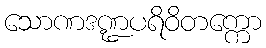
သောဏဒဏ္ဍပရိဝိတက္ကော